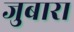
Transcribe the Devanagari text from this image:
जुबारा